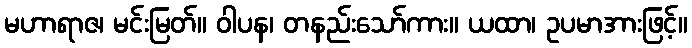
မဟာရာဇ၊ မင်းမြတ်။ ဝါပန၊ တနည်းသော်ကား။ ယထာ၊ ဥပမာအားဖြင့်။